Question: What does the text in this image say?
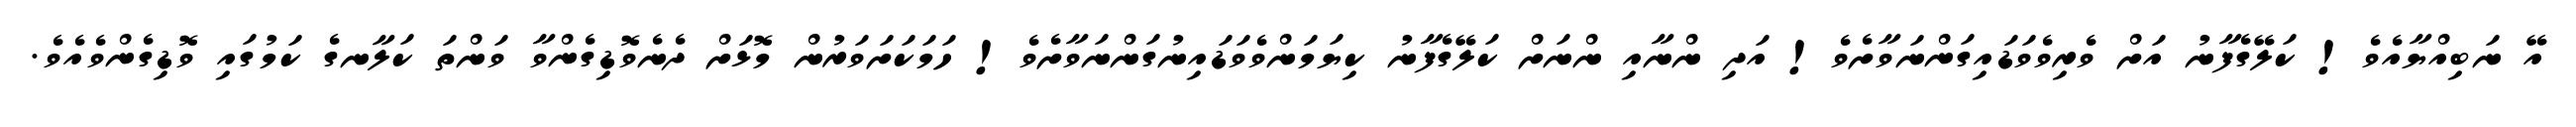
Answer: އޭ ނަބިއްޔާއެވެ! ކަލޭގެފާނު އަށް ވެރިވެވަޑައިގަންނަވާށެވެ! އަދި ންނާއި ންނަށް ކަލޭގެފާނު ކިޔަމަންވެވަޑައިނުގަންނަވާށެވެ! ހަމަކަށަވަރުން މޮޅަށް ދެނެވޮޑިގެންވާ ވަންތަ ކަލާނގެ ކަމުގައި ވޮޑިގެންވެއެވެ.